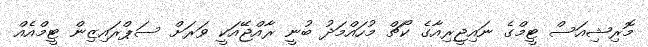
މޮރިޝިއަސް ޓީމްގެ ނައިޖީރިއާގެ ކޯޗް މުހައްމަދު ބުނީ ރާއްޖޭއަކީ ވަރަށް ސަޕްރައިޒިން ޓީމްއެއް